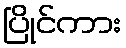
ပြိုင်ကား